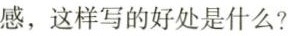
感，这样写的好处是什么?